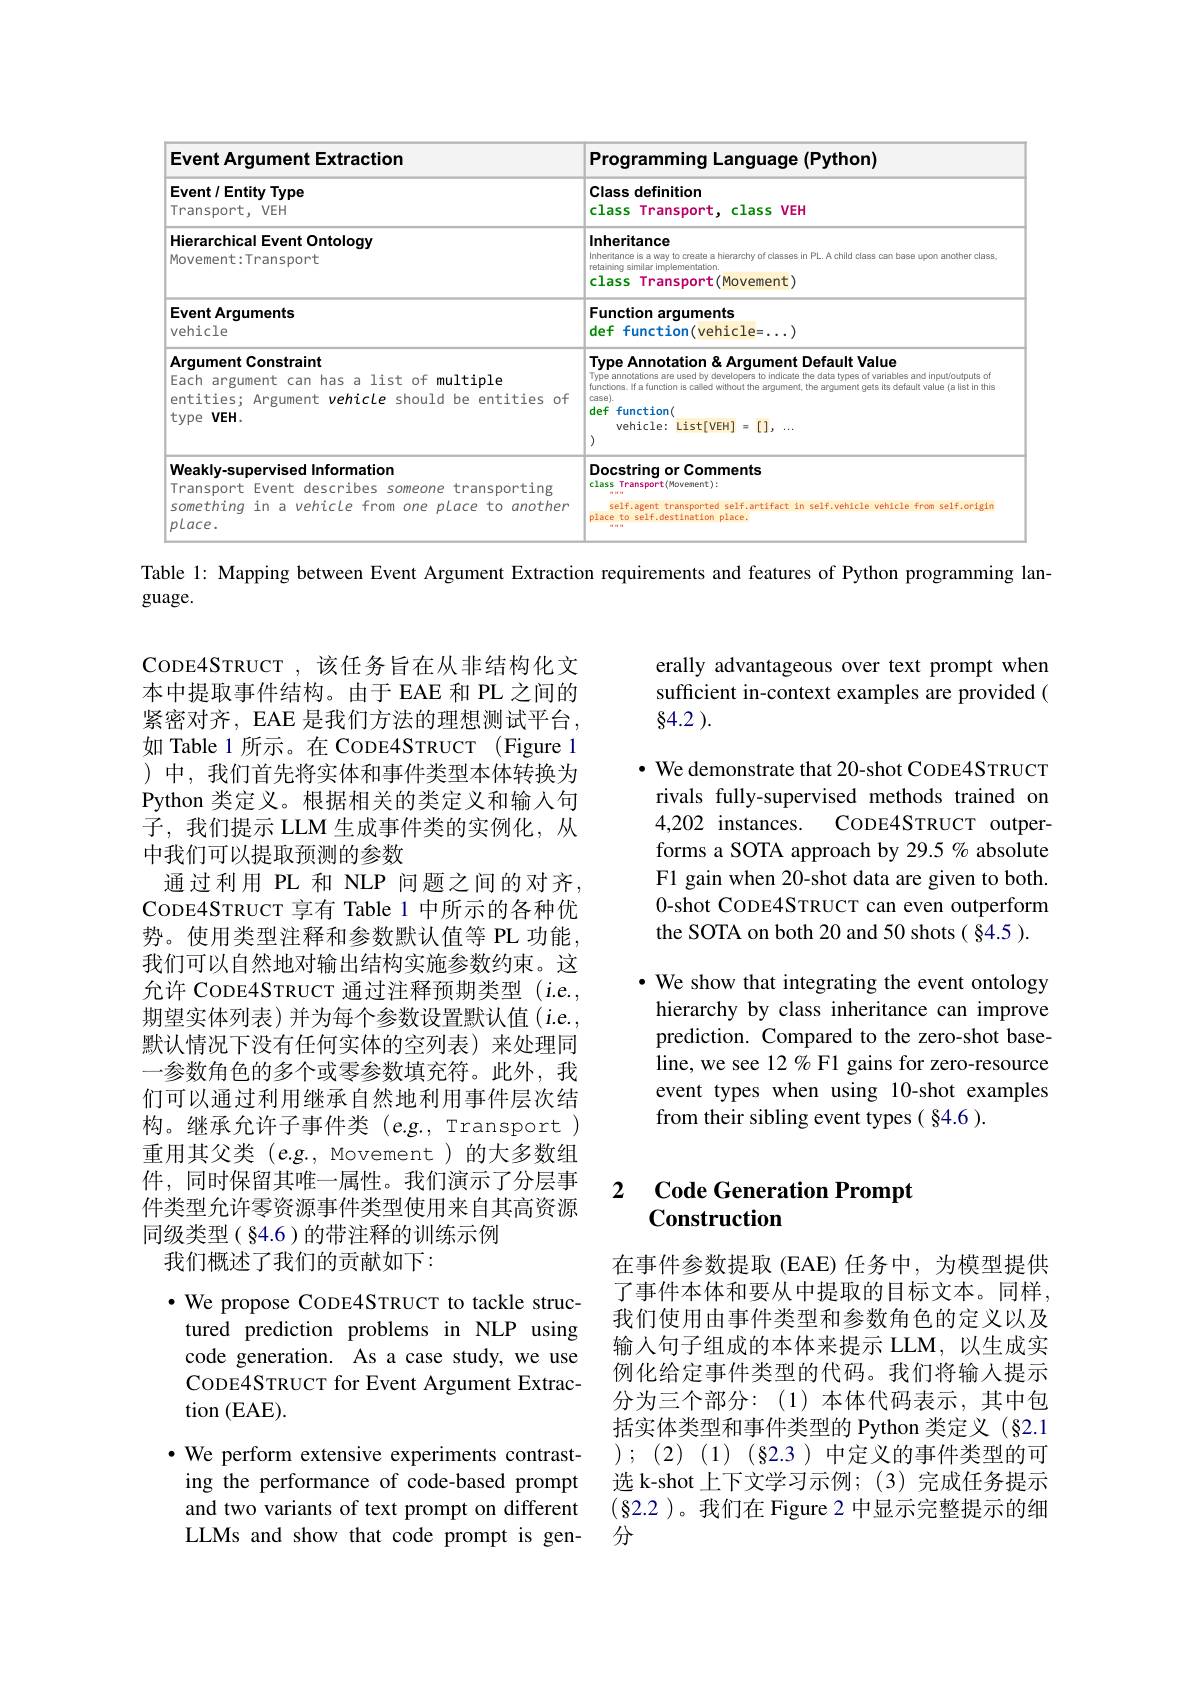
<table>
	<tbody>
		<tr>
			<th>Event Argument Extraction</th>
			<th>Programming Language (Python)</th>
		</tr>
		<tr>
			<td>Event / Entity Type Transport, VEH</td>
			<td>Class definition class Transport,class VEH</td>
		</tr>
		<tr>
			<td>Hierarchical Event Ontology Movement:Transport</td>
			<td>Inheritance retalining similar implementation. Inheritance is a way to create a hierarchy of classes in PL. A child class can base upon another class class Transport(Movement)</td>
		</tr>
		<tr>
			<td>Event Arguments vehicle</td>
			<td>Function arguments def function(vehicle=...)</td>
		</tr>
		<tr>
			<td>Event Arguments vehicle</td>
			<td>Function arguments def function(vehicle=...)</td>
		</tr>
		<tr>
			<td>Argument Constraint Each argument can has a list of multiple entities; Argument vehicle should be entities of type VEH.</td>
			<td>Type Annotation& Argument Default Value Type annotations are used by developers to indicate the data types of variables and inputíoutputs of functions. If a function is called without the argument, the argument gets its default value (a list in this case). def function( vehicle: List[VEH] = [], ... 1</td>
		</tr>
		<tr>
			<td>Weakly-supervised Information Transport Event describes someone transporting something in a vehicle from one place to another place.</td>
			<td>Docstring or Comments class Transport(Movement): re re re self.agent transported self.artífact ín self.vehícle vehícle from self.orígín place to self.destination place. re re re</td>
		</tr>
	</tbody>
</table>

Table l: Mapping between Event Argument Extraction requirements and features of Python programming lan-

$guage.$

erally advantageous over text prompt when sufficient in-context examples are provided ( 84.2 ).
$\cdot$ We demonstrate that 20-shot CODE4STRUCT rivals fully-supervised methods trained on 4,202 instances.
CODE4STRUCT outper-
forms a SOTA approach by 29.5 % absolute F1 gain when 20-shot data are given to both. 0-shot CODE4STRUCT can even outperform the SOTA on both 20 and 50 shots ( §4.5 ). · We show that integrating the event ontology hierarchy by class inheritance can improve prediction. Compared to the zero-shot baseline, we see 12 % F1 gains for zero-resource event types when using 10-shot examples from their sibling event types ( 84.6 ).

CODE4STRUCT ,该任务旨在从非结构化文本中提取事件结构。由于 EAE 和 PL 之间的紧密对齐，EAE 是我们方法的理想测试平台， 如 Table 1 所示。在 CoDE4STRUCT (Figure 1 )中，我们首先将实体和事件类型本体转换为Python 类定义。根据相关的类定义和输入句子，我们提示 LLM 生成事件类的实例化，从中我们可以提取预测的参数
通过利用 PL 和 NLP 问题之间的对齐， CODE4STRUCT 享有 Table 1 中所示的各种优势。使用类型注释和参数默认值等 PL 功能， 我们可以自然地对输出结构实施参数约束。这允许 CODE4STRUCT 通过注释预期类型 (i.e., 期望实体列表)并为每个参数设置默认值(i.e., 默认情况下没有任何实体的空列表)来处理同一参数角色的多个或零参数填充符。此外，我们可以通过利用继承自然地利用事件层次结构。继承允许子事件类(e.g.,Transport) 重用其父类(e.g., Movement)的大多数组件，同时保留其唯一属性。我们演示了分层事件类型允许零资源事件类型使用来自其高资源同级类型( §4.6 )的带注释的训练示例
我们概述了我们的贡献如下：

## 2 $\textbf{Code Generation Prompt}$ Construction

$\bullet$ We propose CODE4STRUCT to tackle structured prediction problems in NLP using code generation. As a case study, we use CODE4STRUCT for Event Argument Extraction (EAE).

在事件参数提取(EAE)任务中，为模型提供了事件本体和要从中提取的目标文本。同样， 我们使用由事件类型和参数角色的定义以及输入句子组成的本体来提示 LLM,以生成实例化给定事件类型的代码。我们将输入提示分为三个部分：(1)本体代码表示，其中包括实体类型和事件类型的 Python 类定义 (§2.1 $);(2)(1)(\S2.3)$中定义的事件类型的可选 k-shot上下文学习示例；(3)完成任务提示(§2.2 )。我们在 Figure 2 中显示完整提示的细分

$\bullet$ We perform extensive experiments contrasting the performance of code-based prompt and two variants of text prompt on different LLMs and show that code prompt is gen-